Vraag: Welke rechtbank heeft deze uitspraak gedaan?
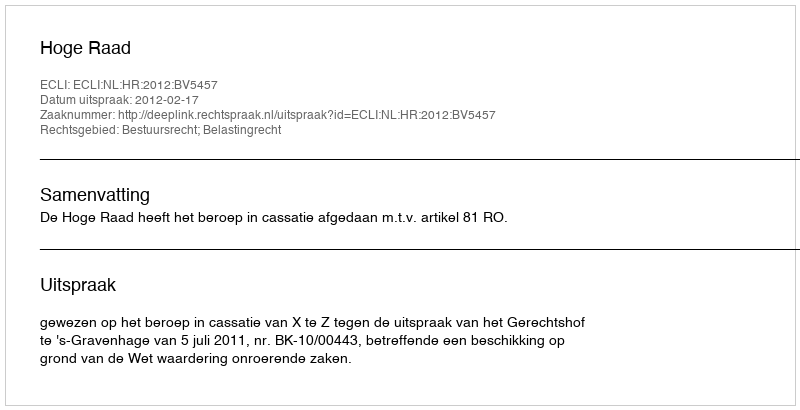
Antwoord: Hoge Raad